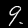
Digit: 9